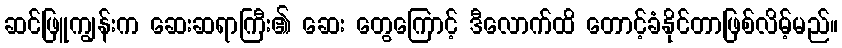
ဆင်ဖြူကျွန်းက ဆေးဆရာကြီး၏ ဆေး တွေကြောင့် ဒီလောက်ထိ တောင့်ခံနိုင်တာဖြစ်လိမ့်မည်။